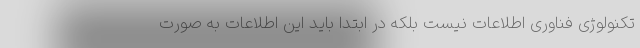
تکنولوژی فناوری اطلاعات نیست بلکه در ابتدا باید این اطلاعات به صورت